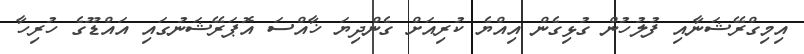
އިމިގްރޭޝަނާއި ފުލުހުން ގުޅިގެން އިއްޔެ ކުރިއަށް ގެންދިޔަ ޚާއްސަ އޮޕަރޭޝަނުގައި އައްޑޫގެ ހުރިހާ